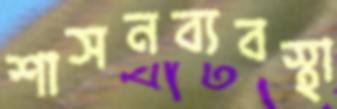
শাসনব্যবস্থা